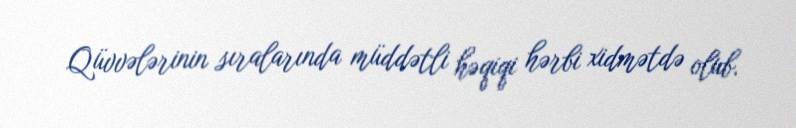
Qüvvələrinin sıralarında müddətli həqiqi hərbi xidmətdə olub.